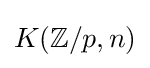
K(\mathbb {Z} /p,n)